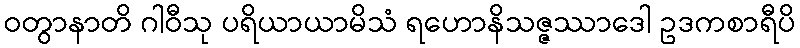
ဝတွာနာတိ ဂါဝီသု ပရိယာယာမိသံ ရဟောနိသဇ္ဇဿာဒေါ ဥဒကစာရီပိ